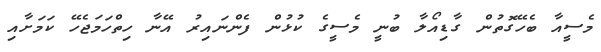
މެސީއާ ބެހޭގޮތުން ގާޑިއޯލާ ބުނީ މެސީގެ ކުޅުން ފެންނައިރު އޭނާ ހިތްހަމަޖެހޭ ކަމަށާއި